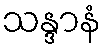
သန္ဒာနံ